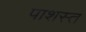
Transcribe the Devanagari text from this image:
पाशस्त